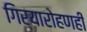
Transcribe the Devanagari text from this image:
गिर्यारोहणही